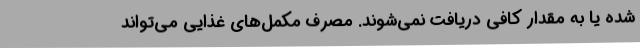
شده یا به مقدار کافی دریافت نمی‌شوند. مصرف مکمل‌های غذایی می‌تواند